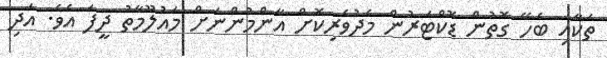
ތަކާއި ބެހޭ ގޮތުން ޑޮކްޓަރުން މެދުވެރިކޮށް އާންމުންނަށް މައުލޫމާތު ދީފަ އެވެ. އަދި